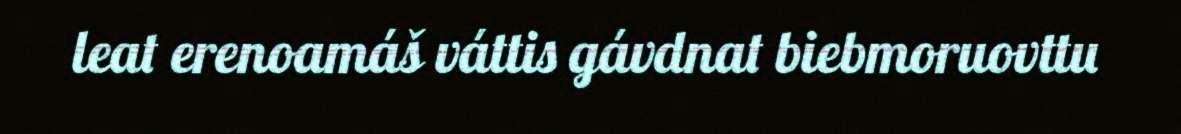
leat erenoamáš váttis gávdnat biebmoruovttu